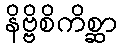
နိဗ္ဗိစိကိစ္ဆာ